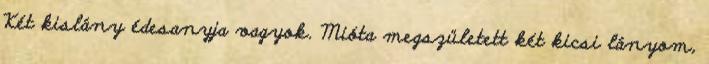
Két kislány édesanyja vagyok. Mióta megszületett két kicsi lányom,